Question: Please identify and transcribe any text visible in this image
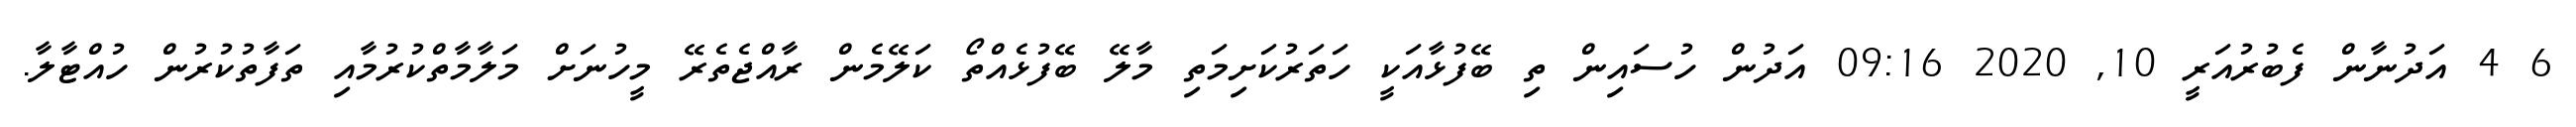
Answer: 6 4 އަދުނާން ފެބުރުއަރީ 10, 2020 09:16 އަދުން ހުސައިން ތި ބޭފުޅާއަކީ ހަތަރުކަށިމަތި މާލޭ ބޭފުޅެއްތޯ ކަލޭމެން ރާއްޖެތެރޭ މީހުނަށް މަލާމާތްކުރުމާއި ތަފާތުކުރުން ހުއްޓާލާ.